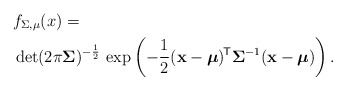
\begin{align*}&f_{\Sigma,\mu}(x)=\\&\det(2\pi\boldsymbol\Sigma)^{-\frac{1}{2}} \, \exp \left( -\frac{1}{2}(\mathbf{x} - \boldsymbol\mu)^{{{\!\mathsf{T}}}} \boldsymbol\Sigma^{-1}(\mathbf{x} - \boldsymbol\mu) \right).\end{align*}